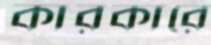
কারকারে